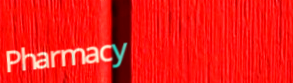
Pharmacy